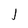
Character: J